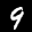
Label: 9